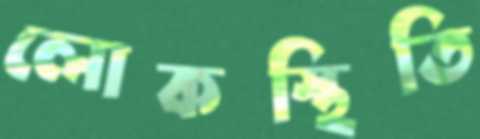
লোকস্থিতি